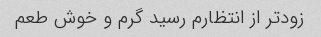
زودتر از انتظارم رسید گرم و خوش طعم